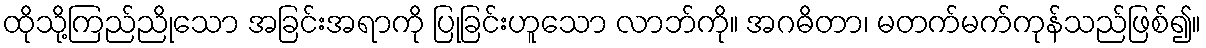
ထိုသို့ကြည်ညိုသော အခြင်းအရာကို ပြုခြင်းဟူသော လာဘ်ကို။ အဂဓိတာ၊ မတက်မက်ကုန်သည်ဖြစ်၍။